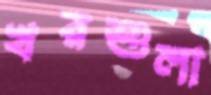
খরশুলা